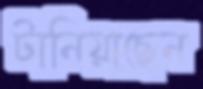
টানিয়াছেন